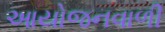
આયોજનવાળી